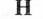
H